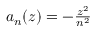
\textstyle { a _ { n } ( z ) = - { \frac { z ^ { 2 } } { n ^ { 2 } } } }